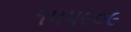
૧૫૫૯૦૯